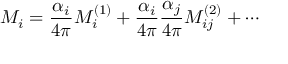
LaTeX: M _ { i } = \frac { \alpha _ { i } } { 4 \pi } M _ { i } ^ { ( 1 ) } + \frac { \alpha _ { i } } { 4 \pi } \frac { \alpha _ { j } } { 4 \pi } M _ { i j } ^ { ( 2 ) } + \cdots